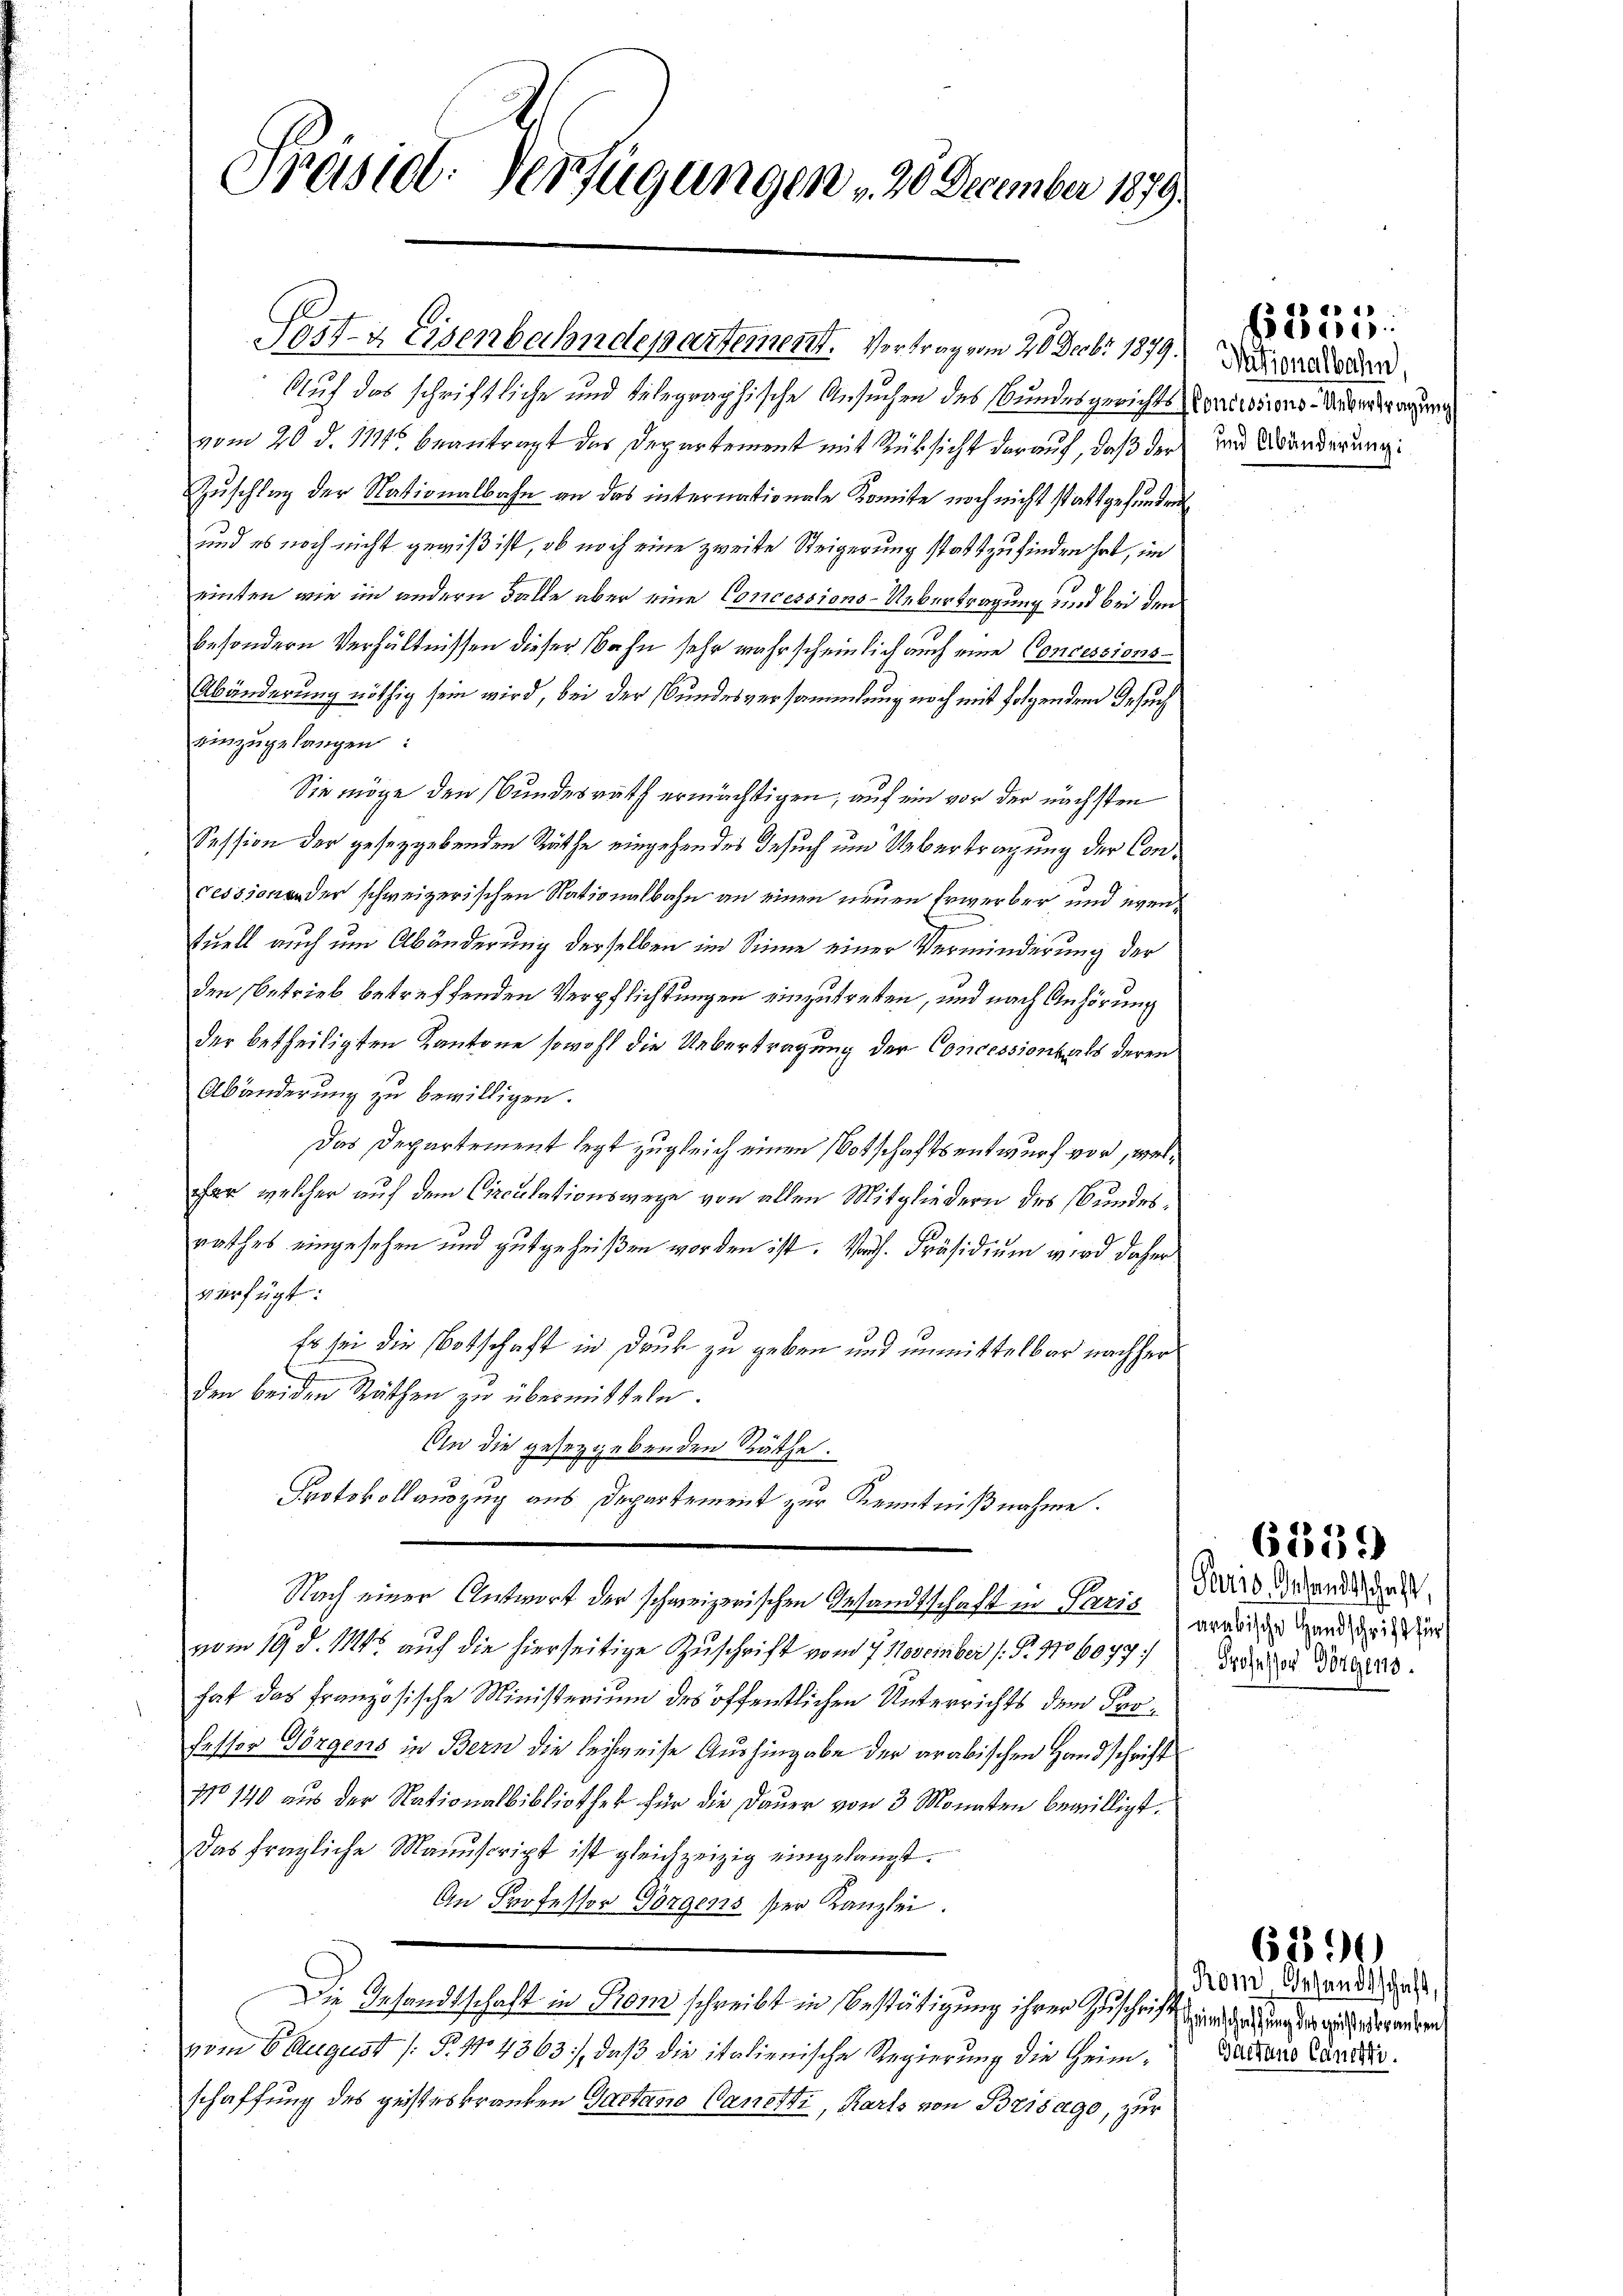
Präsid. Verfügungen , 20 December 1879.

Pritz Eisenbahndepartement. Vortrag vom 20 Decbr 1879.
Auf das schriftliche und telegraphische Ansuchen des Bundesgerichts
vom 20. d. 111. beantragt das Departement mit Rüksicht darauf, daß der
Zuschlag der Nationalbahn an das internationale Komite noch nicht stattgefunden
und es noch nicht gewiß ist, ob noch eine zweite Steigerung stattzufinden hat, im
einten, wie im andern Falle aber eine Concessions-Uebertragung und bei den
besondern Verhältnissen dieser Bahn sehr wahrscheinlich auch eine Concessions
Abänderung nöthig sein wird, bei der Bundesversammlung noch mit folgendem Gesuch
einzugelangen:
Sie möge den Bundesrath ermächtigen, auf ein vor der nächsten
Session der gesetzgebenden Räthe eingehendes Gesuch und Uebertragung der Concession der schweizerischen Nationalbahn an einen neuen Erwerber und eventuell auch um Abänderung derselben im Sinne einer Verminderung der
den Betrieb betreffenden Verpflichtungen einzutreten, und nach Anhörung
der betheiligten Kantone sowohl die Uebertragung der Concessionals deren
Abänderung zu bewilligen.
Das Departement legt zugleich einen Botschaftsentwurf vor, welar, welcher auf dem Circulationswege von allen Mitgliedern des Bundesrasches eingesehen und gutgeheißen worden ist. Vorh. Präsidium wird daher
verfügt:
Es sei die Botschaft in Druk zu geben und unmittelbar nachher
den beiden Räthen zu übermitteln.
An die gesetzgebenden Räthe:
Protokollauszug aus Departement zur Kenntnißnahme.
Nach einer Antwort der schweizerischen Gesandtschaft in Paris
vom 19. d. 114 auf die hierseitige Zuschrift vom 7. November (: P. 1706077:
hat das französische Ministerium des öffentlichen Unterrichts dem Professor Görgens in Bern die leihweise Aushingabe der arabischen Handschrift
No 140 aus der Nationalbibliothek für die Dauer von 3 Monaten bewilligt.
Das fragliche Manuscript ist gleichzeizig eingelangt.
An Professor Vorgens ser Kanzlei.
Die Gesandtschaft in Rom schreibt in Bestätigung ihrer Zuschrift und zu eingen gegenden
vom 6 August /: P. 114363), daß die italienische Regierung die Heimschaffung des geisteskranken Gastano Canetti, Karts von Brisago, zur

6352.

Nationalbahn.
Concessions-Uebertragung
und Abänderung

6536)

Paris Gesandtschaft
arabische Handschrift für
Professor Dörgens.

Kein Gesandtschaft,
Gaetano Candi.

6390